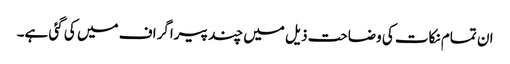
ان تمام نکات کی وضاحت ذیل میں چند پیراگراف میں کی گئی ہے۔